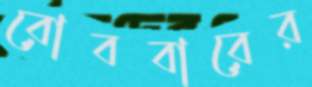
রোববারের